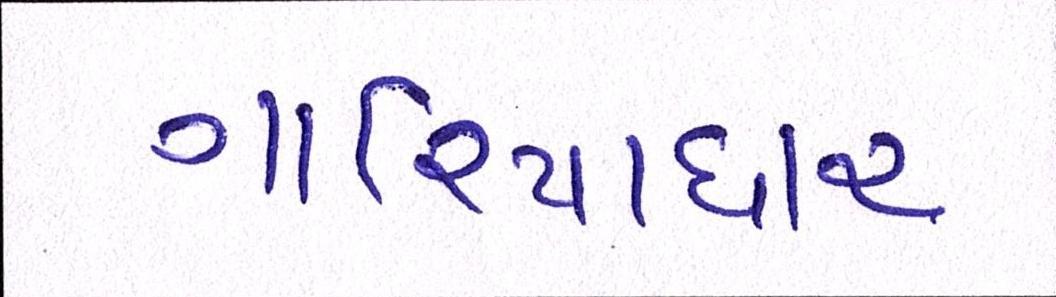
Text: ગારિયાધાર